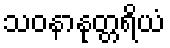
သဝနာနုတ္တရိယံ